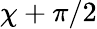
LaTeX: \chi+\pi/2